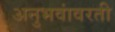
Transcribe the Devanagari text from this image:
अनुभवांवरती